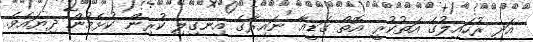
އަދި ރުހައިލުގެ އަތުކުރީ އޮތް ގަޑީއާ ނައިރާގެ އިނގިލި ކުރިން ކުޅެމުން ދިޔައެވެ.